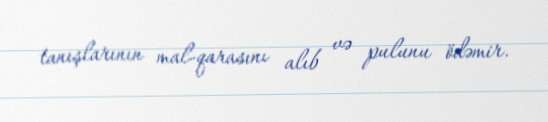
tanışlarının mal-qarasını alıb və pulunu ödəmir.